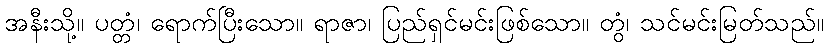
အနီးသို့။ ပတ္တံ၊ ရောက်ပြီးသော။ ရာဇာ၊ ပြည်ရှင်မင်းဖြစ်သော။ တွံ၊ သင်မင်းမြတ်သည်။